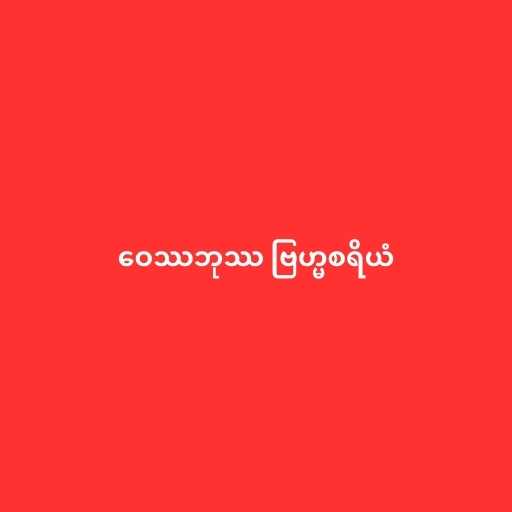
ဝေဿဘုဿ ဗြဟ္မစရိယံ